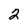
Character: 2